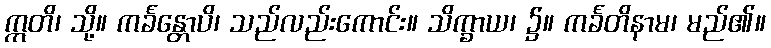
ဣတိ၊ သို့။ ကင်္ခန္တောပိ၊ သည်လည်းကောင်း။ သိက္ခာယ၊ ၌။ ကင်္ခတိနာမ၊ မည်၏။